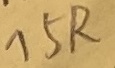
Text: 15R